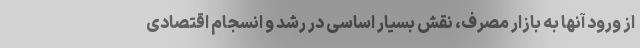
از ورود آنها به بازار مصرف، نقش بسیار اساسی در رشد و انسجام اقتصادی